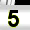
Digit: 5